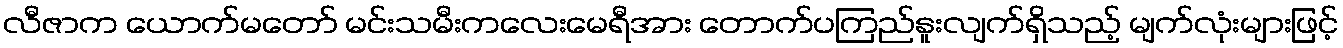
လီဇာက ယောက်မတော် မင်းသမီးကလေးမေရီအား တောက်ပကြည်နူးလျက်ရှိသည့် မျက်လုံးများဖြင့်